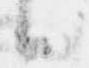
候